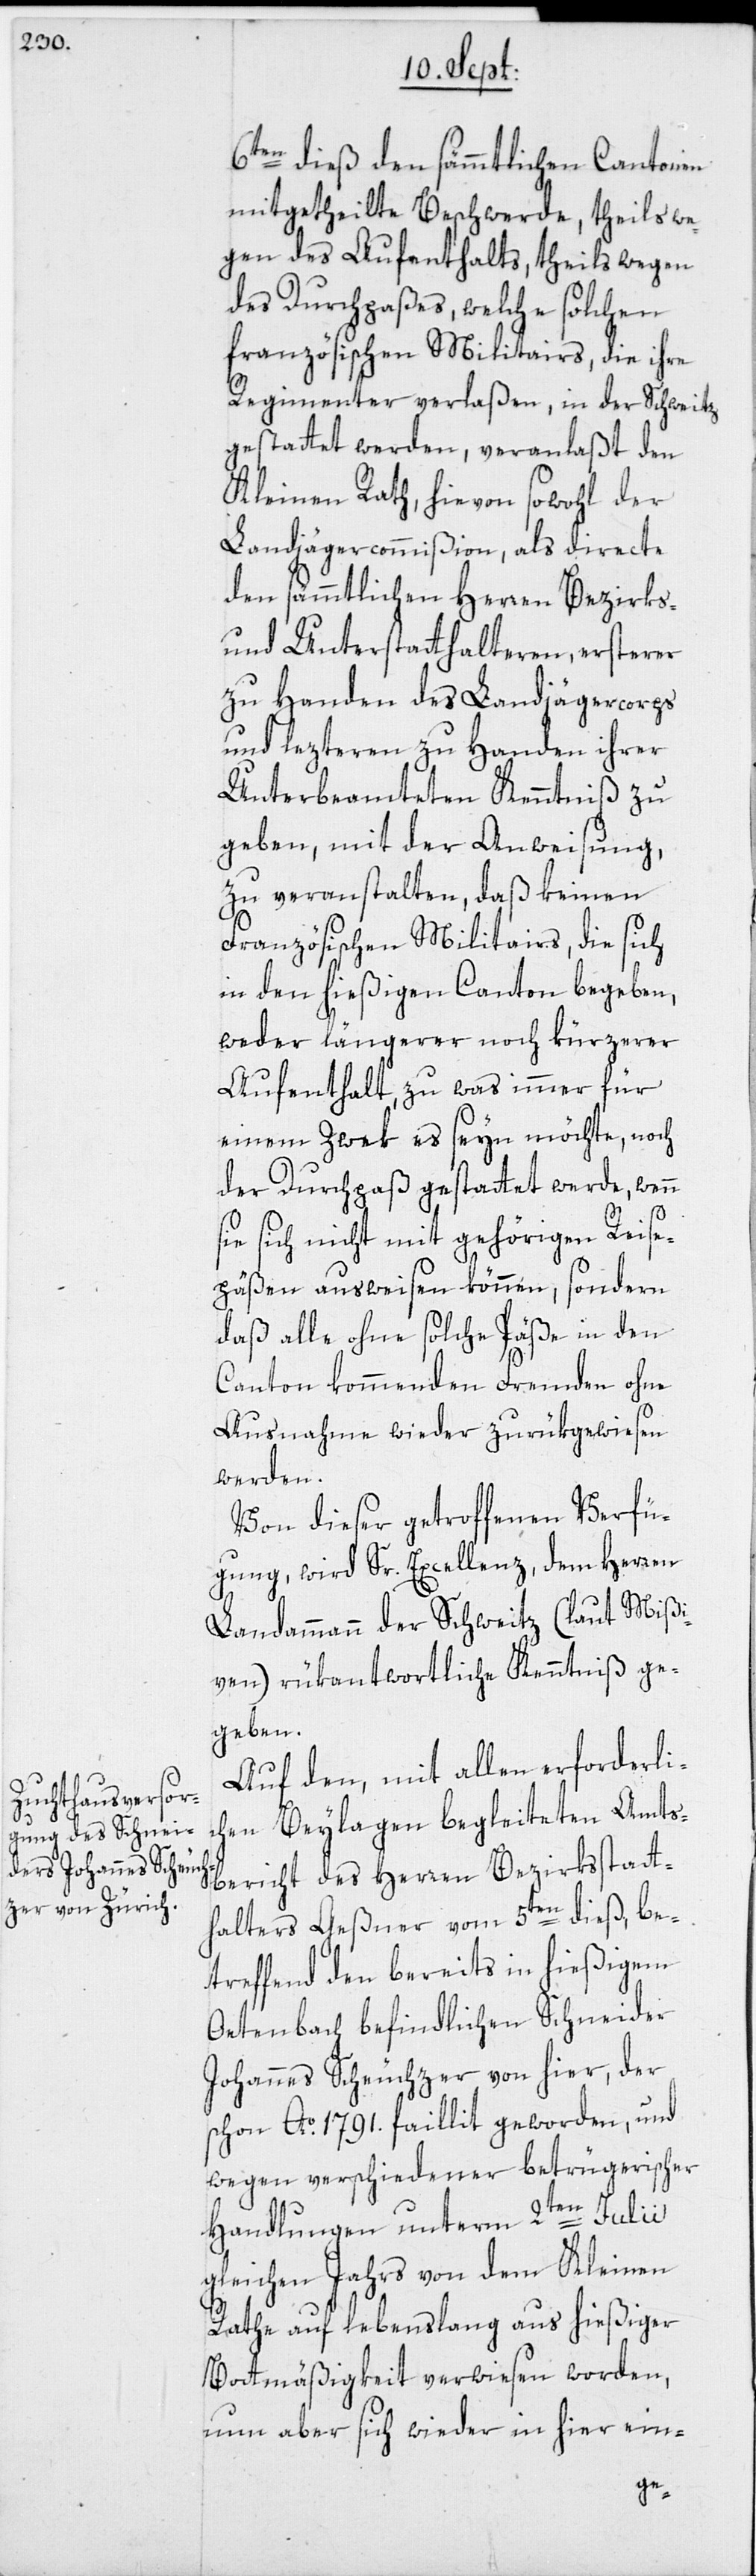
6ten dieß den sämmtlichen Cantonen
mitgetheilte Beschwerde, theils we¬
gen des Aufenthalts, theils wegen
des Durchpaßes, welche solchen
französischen Militairs, die ihre
Regimenter verlaßen, in der Schweitz
gestattet werden, veranlaßt den
Kleinen Rath, hievon sowohl der
Landjägercommißion, als directe
den sämmtlichen Herren Bezirks-
und Unterstatthalteren, ersterer
zu Handen des Landjägercorps
und lezteren zu Handen ihrer
Unterbeamteten Kenntniß zu
geben, mit der Anweisung,
zu veranstalten, daß keinen
Französischen Militairs, die sich
in den hießigen Canton begeben,
weder längerer noch kürzerer
Aufenthalt, zu was immer für
einem Zwek es seyn möchte, noch
der Durchpaß gestattet werde, wenn
sie sich nicht mit gehörigen Reise¬
päßen ausweisen können, sondern
daß alle ohne solche Päße in den
Canton kommenden Fremden ohne
Ausnahme wieder zurükgewiesen
werden.
Von dieser getroffenen Verfü¬
gung, wird Sr. Excellenz, dem Herren
Landammann der Schweitz (laut Mißi¬
ven) rükantwortliche Kenntniß ge¬
geben.
Auf den, mit allen erforderli¬
chen Beylagen begleiteten Amts¬
bericht des Herren Bezirksstatt¬
halters Geßner vom 5ten dieß, be¬
treffend den bereits in hießigem
Oetenbach befindlichen Schneider
Johannes Scheuchzer von hier, der
schon Ao 1791. faillit geworden, und
wegen verschiedener betrügerischer
Handlungen unterm 2ten Julii
gleichen Jahrs von dem Kleinen
Rathe auf lebenslang aus hießiger
Bottmäßigkeit verwiesen worden,
nun aber sich wieder in hier ein-